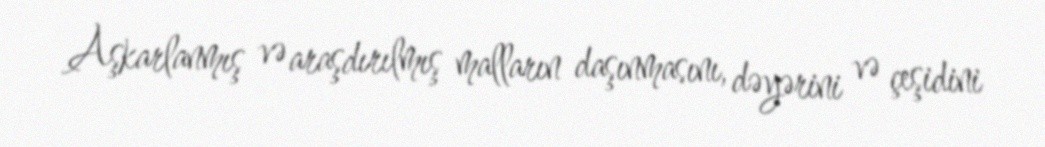
Aşkarlanmış və araşdırılmış malların daşınmasını, dəyərini və çeşidini